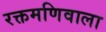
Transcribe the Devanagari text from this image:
रक्तमणिवाला